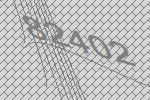
82402